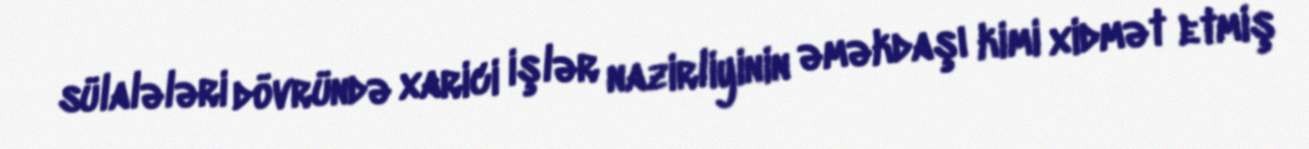
sülalələri dövründə xarici işlər nazirliyinin əməkdaşı kimi xidmət etmiş